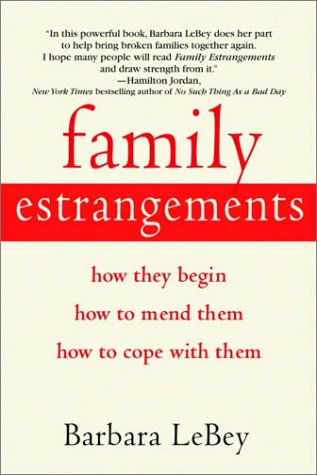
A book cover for Family Estrangements: How They Begin, How to Mend Them, How to Cope with Them; Barbara LeBey; Parenting & Relationships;